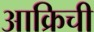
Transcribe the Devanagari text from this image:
आक्रिची